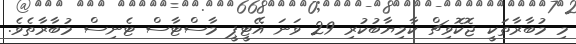
މި މުބާރާތަކީ ޖޮކޮވިޗް ކާމިޔާބުކުރި 29 ވަނަ އޭޓީޕީ މާސްޓާސް ޓެނިސް މުބާރާތެވެ.